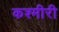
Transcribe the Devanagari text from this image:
कश्‍मीरी